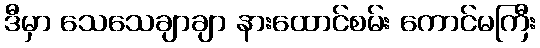
ဒီမှာ သေသေချာချာ နားထောင်စမ်း ကောင်မကြီး